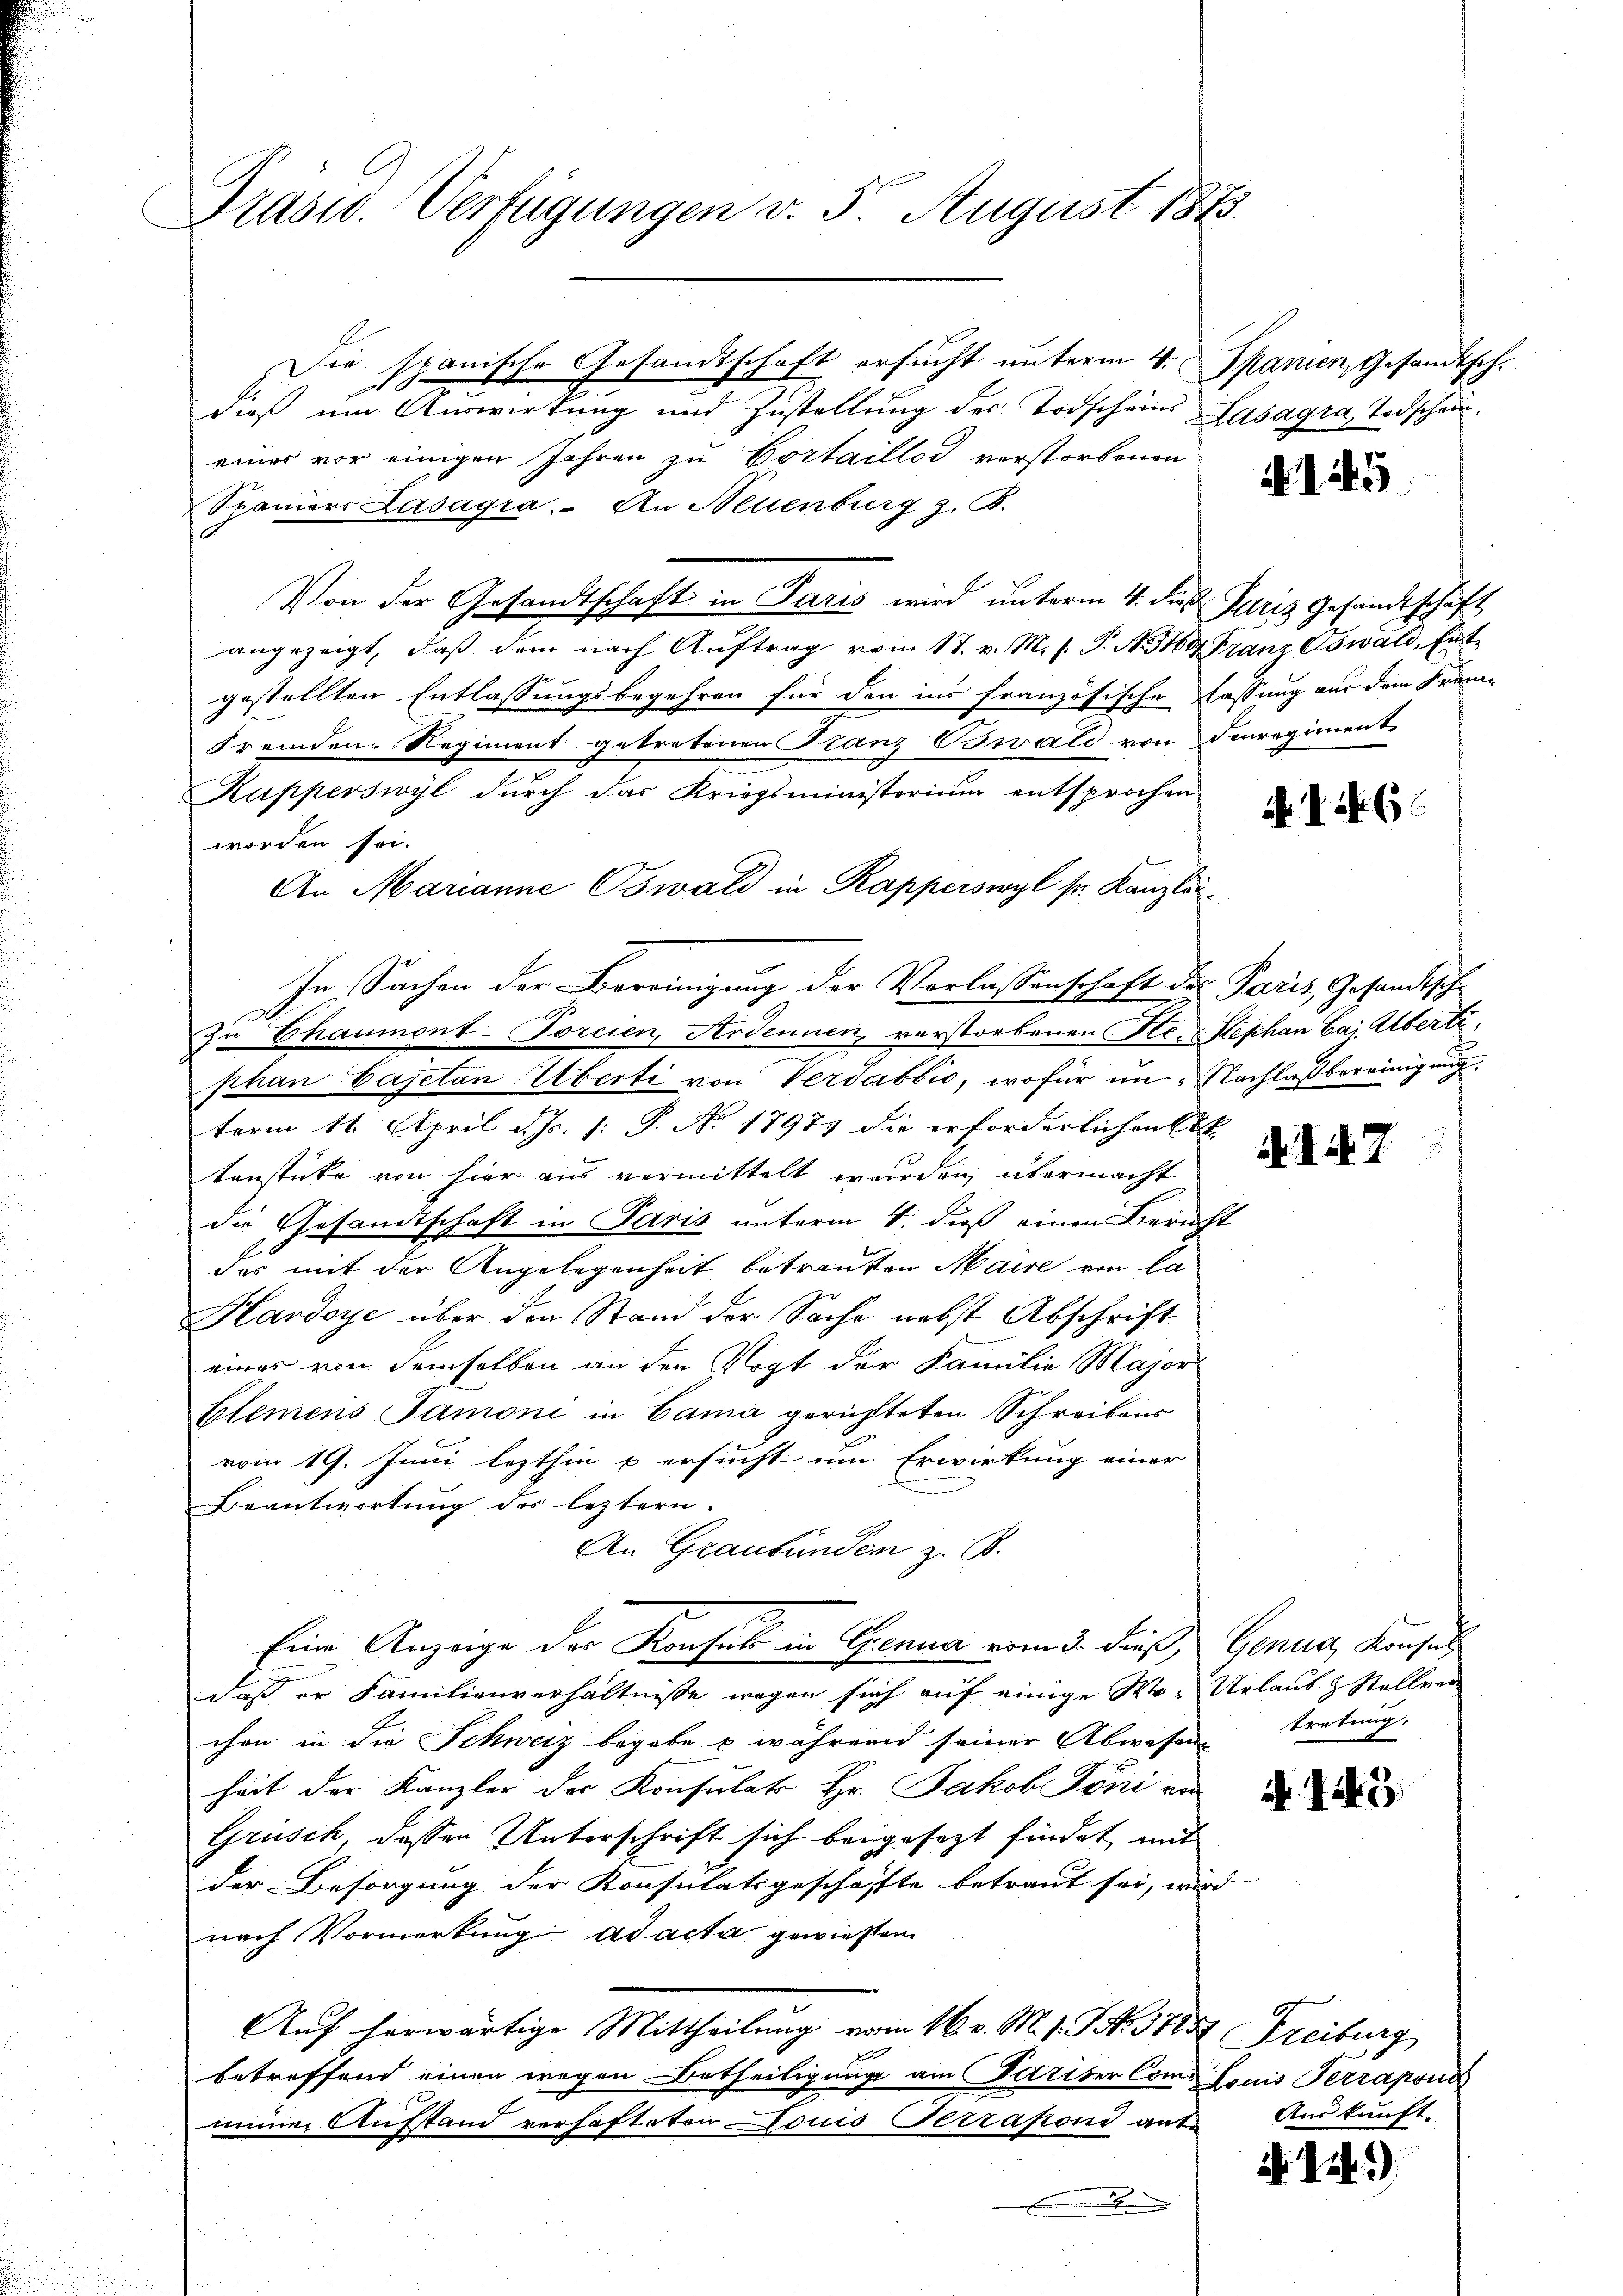
Präsid. Verfügungen v. 5. August 1873.

Die spanische Gesandtschaft ersucht unterm 4. Spanien, Gesandtsch.
dieß um Auswirkung und Zustellung des Todscheins
eines vor einigen Jahren zu Portaillod verstorbenen
Spaniers Laságra. An Neuenburg z. B.
Von der Gesandtschaft in Paris wird unterm 4. die Paris Gesandtschaft
angezeigt, daß dem nach Aŭftrag vom 17. v. M. s. P. N. 319. Franz Oswald, Ent-
gestellten Entlassungsbegehren für den ins französische lassung aus dem Fran
Fremden Regiment getretenen Ganz Oswald von denregimente
Kapperswyl durch das Kriegsministorium entsprochen
worden sei.
An Marianne Oswald in Kapperswyl sr. Kanzleiphan Cajetan Überti von Verdabbić, wofür im Nachlaßbereinigung
term 11. April d. J. 1: P. No 17975 die erforderlichen Elt
tenstücke von hier aus vermittelt wurden, übermacht
die Gesandtschaft in Paris unterm 4. dieß einen Bericht
das mit der Angelegenheit betrenten Maire von la
Hardoye über den Stand der Sache nebst Abschrift
einer von demselben an den Vogt der Familie Major
blemens Samoni in Cama gerichteten Schreibens
vom 19. Juni lezthin u ersucht um Erwirkung einer
Beantwortung des leztern-
An Graubünden z. B.
Eine Anzeige der Konsul in Genua vom 3. dieß, Genua, Konsul
daß er Familienverhältnisse wegen sich auf einige Wo- Urlaub & Stellver
chen in die Schweiz begabe & während seiner Abwesen tretung.
heit der Kanzler des Konsulat Hr. Jakob Toni von
Grüsch, dessen Unterschrift sich beigesezt findet, mit
der Besorgung der Konsulatsgeschäfte betraut sei, wird
nach Vormerkung ad acta gewiesen
Auf herwärtige Mittheilung vom 16. v. M. 1 S. 5725. Freiburg,
betreffend einen wegen Betheiligung am Pariser Com- Louis Terraponi
immer Aufstand verhafteten Louis Terrafond ante Auskunft-
.

In Sachen der Bereinigung der Verlassenschaft der Paris, Gesandtsche
In Chaumont-Torcien, Ardennen, vorstorbenen Hr. Stephan Baj Übertr

Laságra, Todschein.

1145

A. 146

I47

. . .

N 1.)